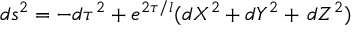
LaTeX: d s ^ { 2 } = - d \tau ^ { 2 } + e ^ { 2 \tau / l } ( d X ^ { 2 } + d Y ^ { 2 } + \, d Z ^ { 2 } )